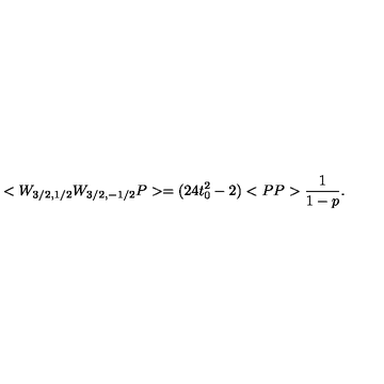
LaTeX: < W _ { 3 / 2 , 1 / 2 } W _ { 3 / 2 , - 1 / 2 } P > = ( 2 4 t _ { 0 } ^ { 2 } - 2 ) < P P > \frac { 1 } { 1 - p } .